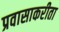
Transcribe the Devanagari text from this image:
प्रवासाकरीता